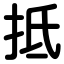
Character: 抵